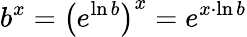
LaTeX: b^{x}=\left(e^{\ln b}\right)^{x}=e^{x\cdot\ln b}